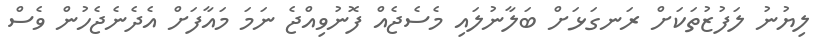
ލިޔުނު ލަފުޒުތަކަށް ރަނގަޅަށް ބަލާނުލައި މެސެޖެއް ފޮނުވިއްޖެ ނަމަ މައާފަށް އެދެނެޖެހުން ވެސް